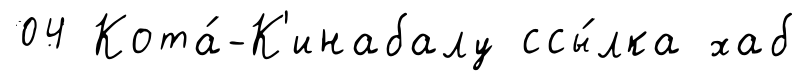
04 Кота́-К'инабалу ссы́лка хаб